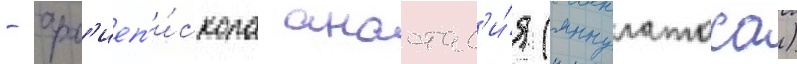
- арх'иеп'и́скопа анастас'и́я (яннулатоса)